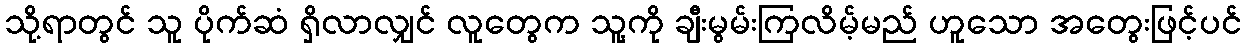
သို့ရာတွင် သူ ပိုက်ဆံ ရှိလာလျှင် လူတွေက သူ့ကို ချီးမွမ်းကြလိမ့်မည် ဟူသော အတွေးဖြင့်ပင်